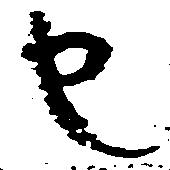
也